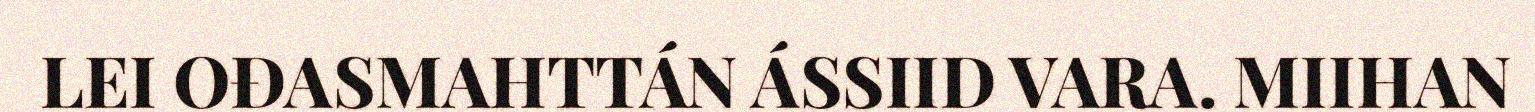
LEI OĐASMAHTTÁN ÁSSIID VARA. MIIHAN